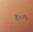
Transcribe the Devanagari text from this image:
४००७